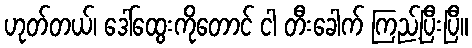
ဟုတ်တယ်၊ ဒေါ်ထွေးကိုတောင် ငါ တီးခေါက် ကြည့်ပြီးပြီ။